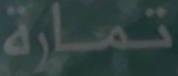
تمارة